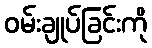
ဝမ်းချုပ်ခြင်းကို